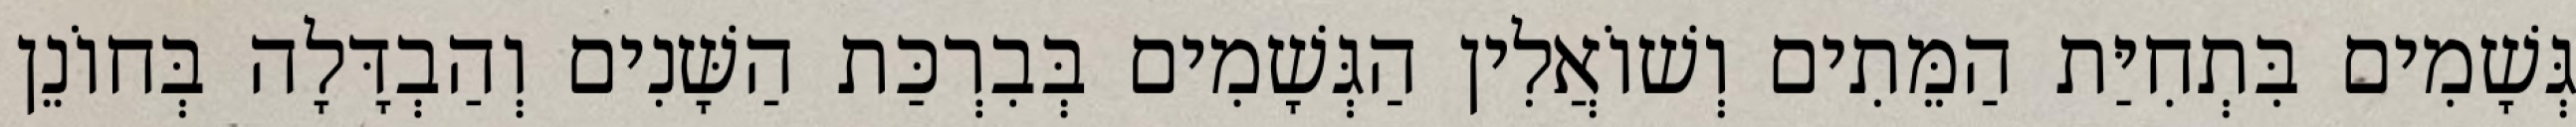
גְּשָׁמִים בִּתְחִיַּת הַמֵּתִים וְשׁוֹאֲלִין הַגְּשָׁמִים בְּבִרְכַּת הַשָּׁנִים וְהַבְדָּלָה בְּחוֹנֵן